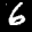
Label: 6